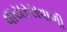
વાયરસવાળી